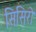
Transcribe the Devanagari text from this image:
सिसिरो